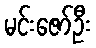
မင်းဇော်ဦး